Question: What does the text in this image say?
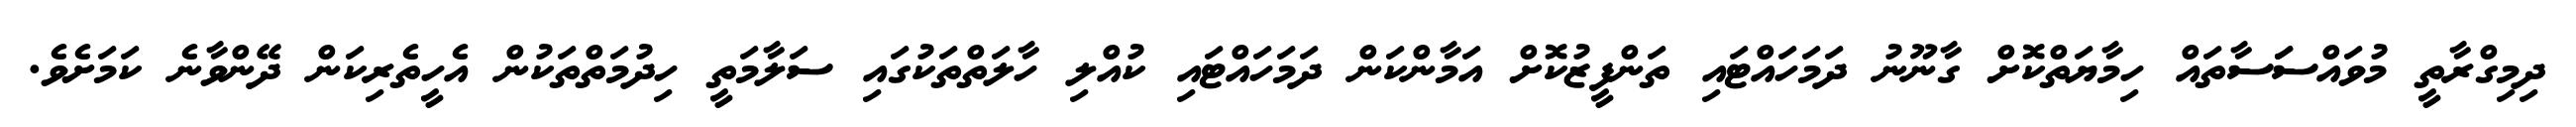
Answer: ދިމިގްރާތީ މުވައްސަަސާތައް ހިމާޔަތްކޮށް ގާނޫނު ދަމަހައްޓައި ތަންފީޒުކޮށް އަމާންކަން ދަމަހައްޓައި ކުއްލި ހާލަތްތަކުގައި ސަލާމަތީ ހިދުމަތްތަކުން އެހީތެރިކަން ދޭންވާނެ ކަމަށެވެ.